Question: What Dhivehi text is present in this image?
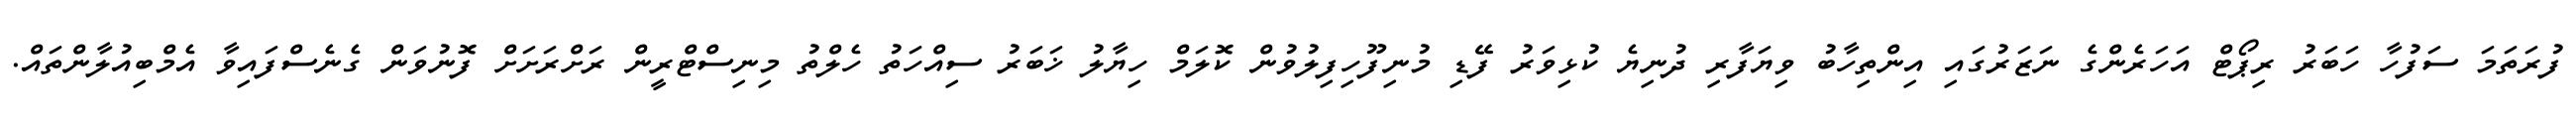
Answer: ފުރަތަމަ ސަފުހާ ހަބަރު ރިޕޯޓް އަހަރެންގެ ނަޒަރުގައި އިންތިހާބު ވިޔަފާރި ދުނިޔެ ކުޅިވަރު ފޭޑި މުނިފޫހިފިލުވުން ކޮލަމް ހިޔާލު ޚަބަރު ސިއްހަތު ހެލްތު މިނިސްޓްރީން ރަށްރަށަށް ފޮނުވަން ގެނެސްފައިވާ އެމްބިއުލާންތައް.